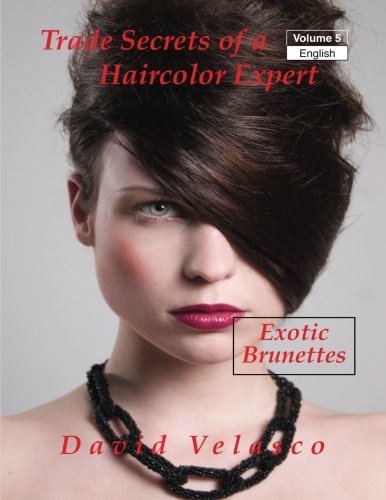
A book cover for Exotic Brunettes (Trade Secrets of a Haircolor Expert ) (Volume 5); David Velasco; Education & Teaching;